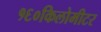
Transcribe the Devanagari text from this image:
१६०किलोमीटर